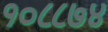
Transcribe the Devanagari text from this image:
१०८८७४